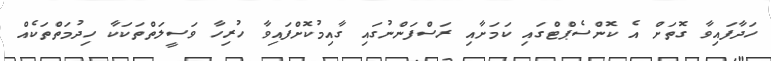
ހަދާފައިވާ ގޮތަށް އެ ކޮންސެޕްޓްގައި ކަމަށާއި ރަސްފަންނުގައި ގާއިމުކޮށްފައިވާ ހުރިހާ ވަސީލަތްތަކަކާ ހިދުމަތްތަކެއް